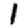
Digit: 1